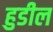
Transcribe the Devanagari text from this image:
हुडील